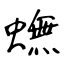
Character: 蟱